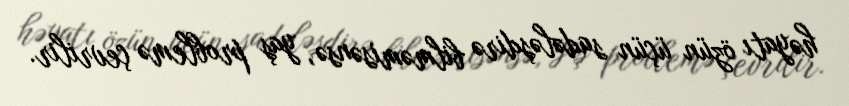
həyatı özün üçün sadələşdirə bilməmisənsə, yaş problemə çevrilir.